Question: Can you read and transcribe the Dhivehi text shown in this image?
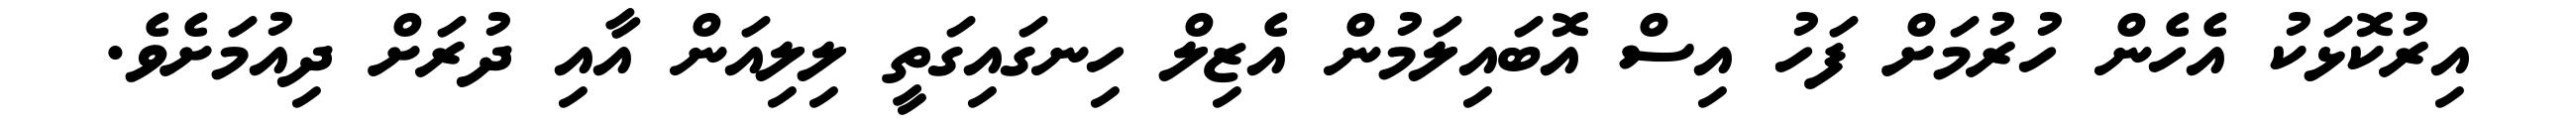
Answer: އިރުކޮޅަކު އެހެން ހުރުމަށް ފަހު އިސް އޮބައިލަމުން އެޒިލް ހިނގައިގަތީ ލިލިއަން އާއި ދުރަށް ދިއުމަށެވެ.